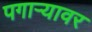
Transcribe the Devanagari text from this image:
पगाऱ्यावर